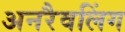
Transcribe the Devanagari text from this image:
अनरैवलिंग